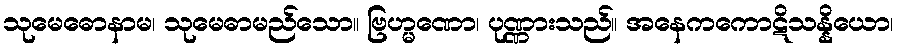
သုမေဓောနာမ၊ သုမေဓာမည်သော။ ဗြဟ္မဏော၊ ပုဏ္ဏားသည်။ အနေကကောဋိသန္နိယော၊